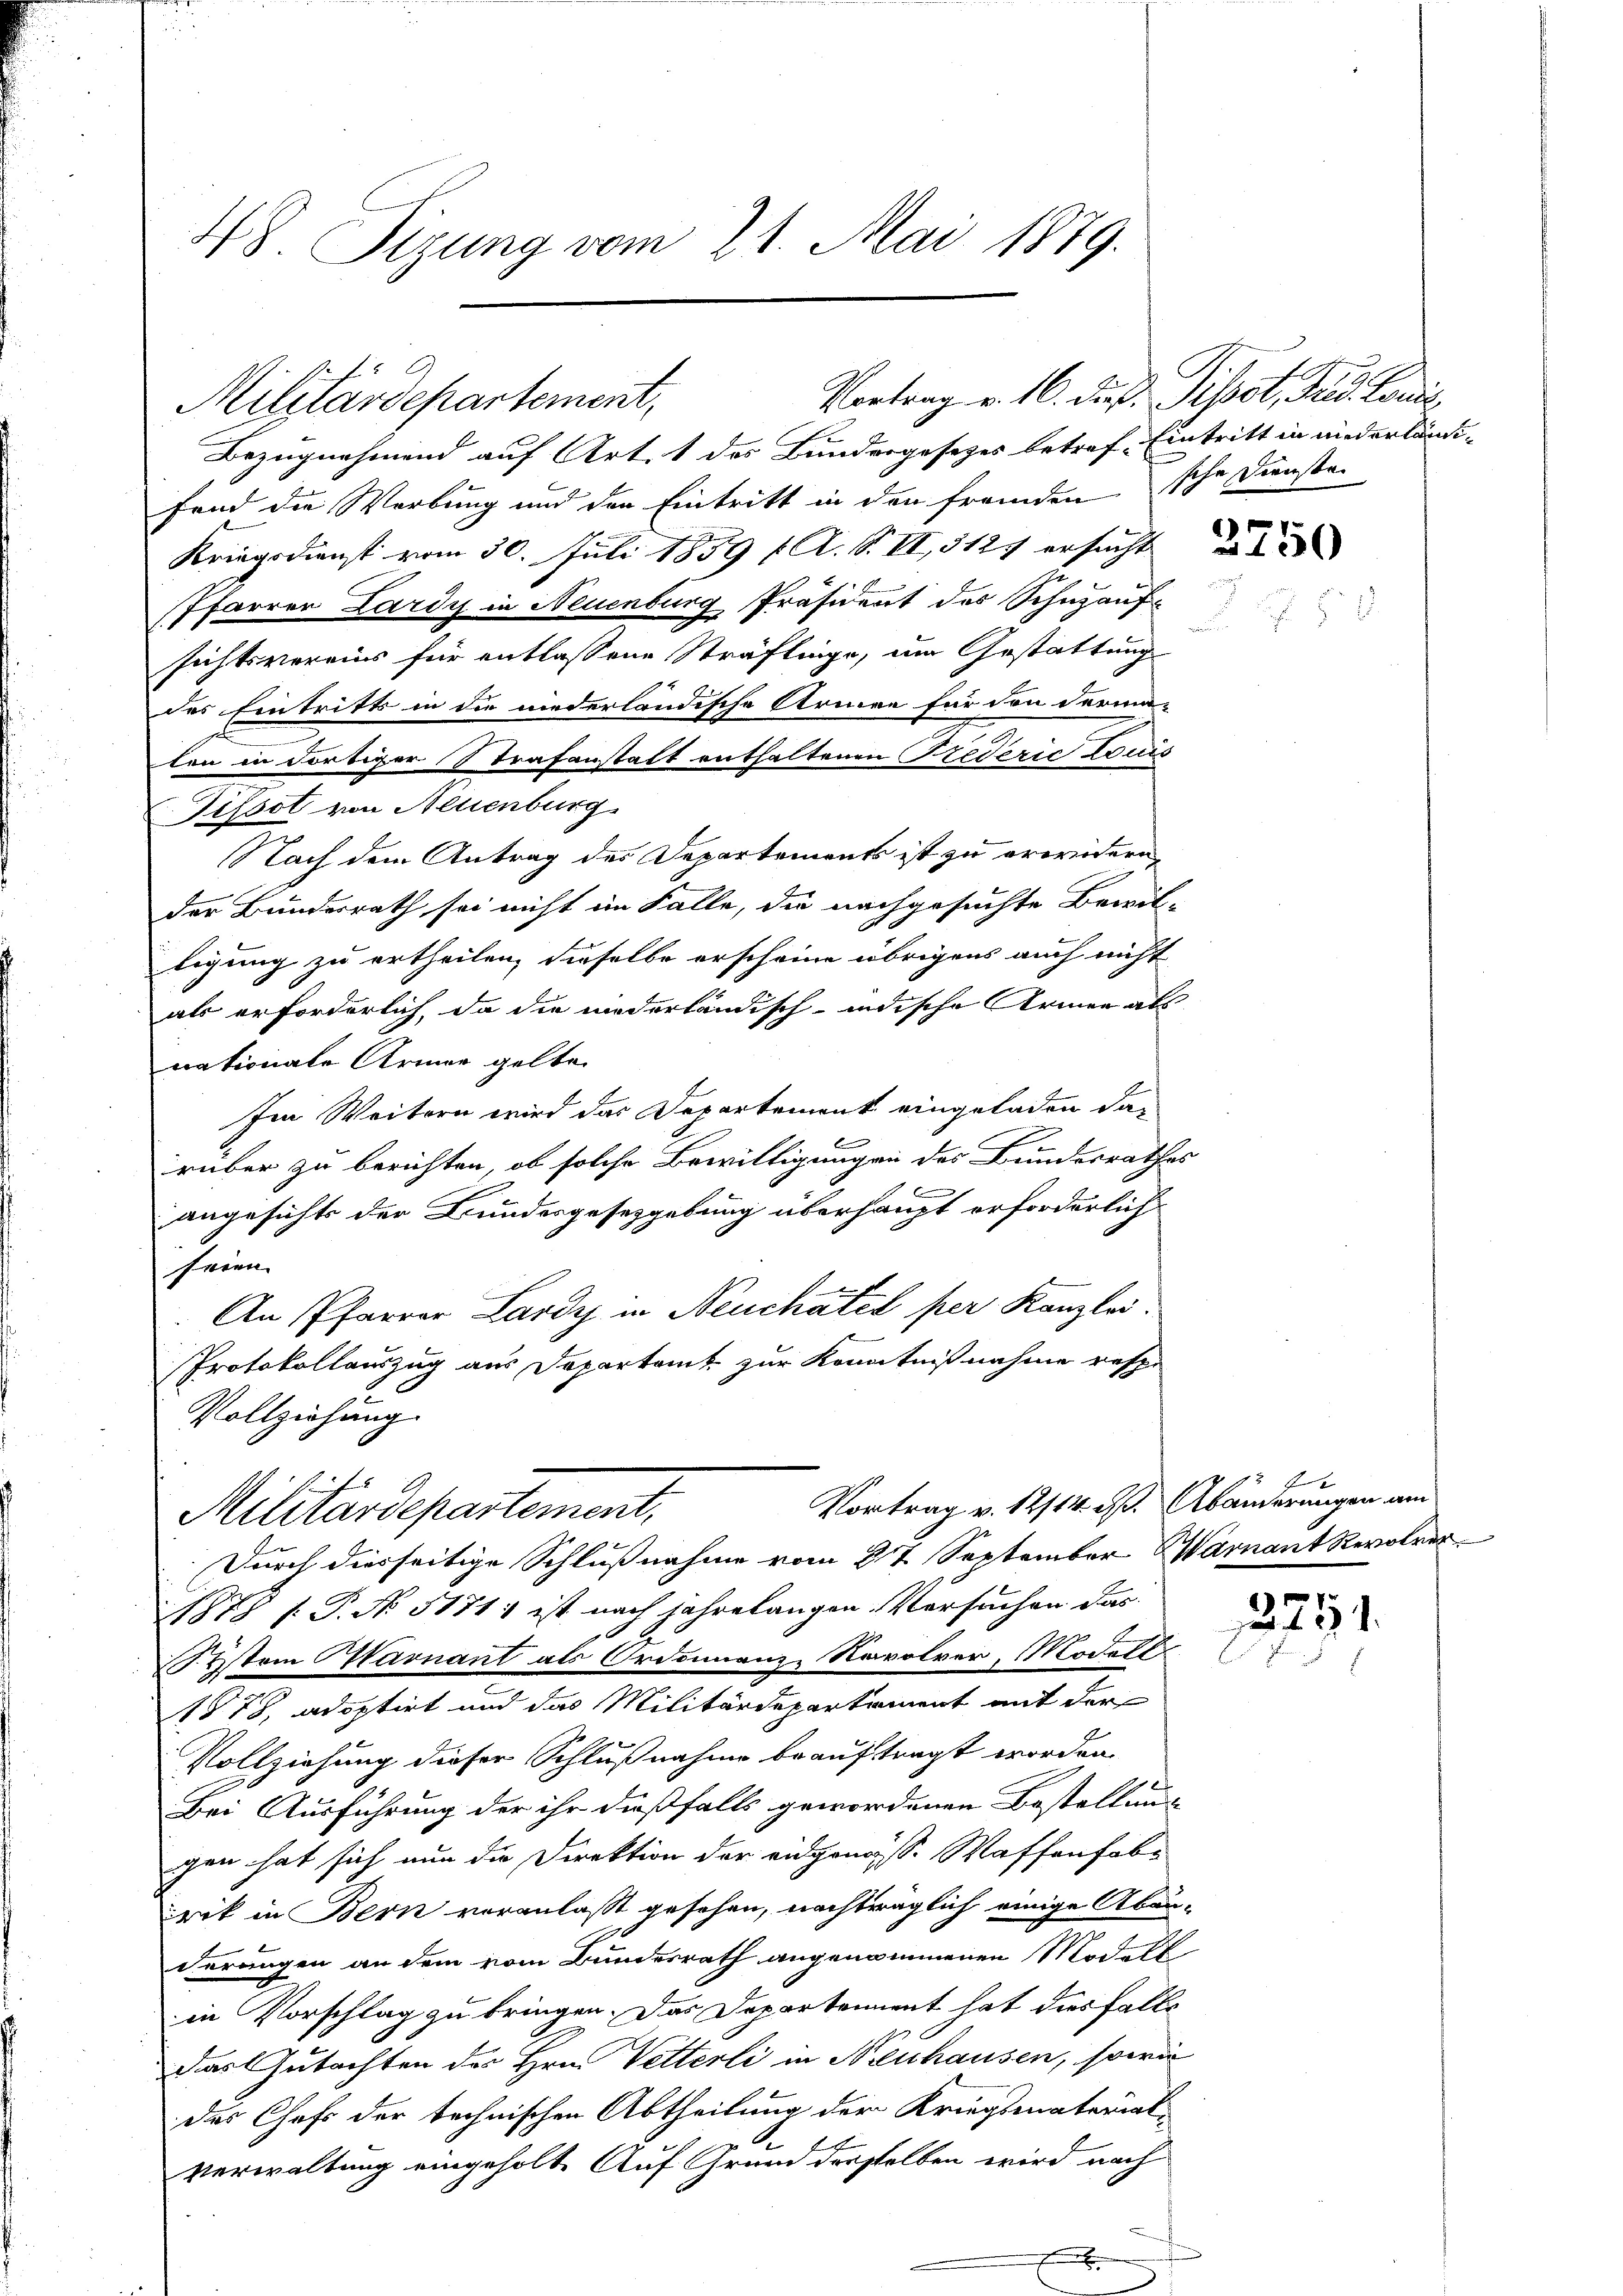
48. Sizung vom 21. Mai 1879.

Militärdepartement,

Bezugnahmend auf Art. 1 des Bundergesetzes betref. Eintritt in niederländi-
fend die Werbung und den Eintritt in den fremden sche Diensten
Kriegsdienst vom 30. Juli 1859 f. A. S. VI, 5127 ersucht
Pfarrer Lardy in Neuenburg Präsident des Schnauf¬
¬
sichtsvereins für entlassene Sträflinge, um Gestattung
des Eintritts in die niederländische Armen für den derma-
len in dortiger Strafanstalt enthaltenen Frederić Louis
Tissot von Neuenburg
Nach dem Antrag des Departements ist zu erwidern,
der Bundesrath sei nicht im Falle, die nachgesuchte Bewil-
tigung zu ertheilen, dieselbe erscheine übrigens auch nicht
als erforderlich, da die niederländisch-indische Armen als
nationale Armer gelte.
Im Weitern wird das Departement eingeladen darüber zu berichten, ob solche Bewilligungen des Bundesrathes
angesichts der Bundesgesetzgebung überhaupt erforderlich
seien.
An Pfarrer Lardy in Neuchatel per Kanzlei.
Protokollauszug aus Departamt zur Kenntnißnahme respe
Vollziehung.
Vortrag v. 12/14. d. Abänderungen am
Militärdepartement,
Durch diesseitige Schlussnahme vom 2t September Warnant Revol
1878 f. P. No. 5171) ist nach jahrelangen Versuchen das
System Harnant als Ordnung Navolrer, Modell
1878 adoptirt und das Militärdepartement mit der
Vollziehung dieser Schlußnahme beauftragt worden.
Bei Ausführung der ihr dießfalls gewordenen Bestellung
gen hat sich nun die Direktion der eidgenöss. Waffenfobs
rik in Bern veranlaßt gesehen, nachträglich einige Aben-
derungen an dem vom Bundesrath angenommenen Modell
in Vorschlag zu bringen. Das Departement hat dies falle
das Gutachten des Hrn. Vetterli in Neuhausen, sowie
des Chefs der technischen Abtheilung der Kriegsmaterial-
Verwaltung eingeholt. Auf Grund derselben wird nach

Vortrag v. 16. Dr. P. Pissot, Fud. Louis

x

¬

12254.